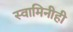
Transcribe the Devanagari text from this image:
स्वामिनीही